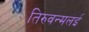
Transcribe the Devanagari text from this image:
तिरुवन्मलई